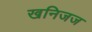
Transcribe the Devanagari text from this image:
खनिजज